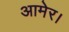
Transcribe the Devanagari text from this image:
आमेर।